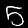
Digit: 5